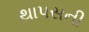
થાપસની